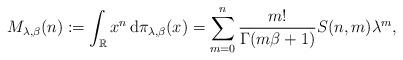
LaTeX: \begin{align*}M_{\lambda,\beta}(n):=\int_{\mathbb{R}}x^{n}\,\mathrm{d}\pi_{\lambda,\beta}(x)=\sum_{m=0}^{n}\frac{m!}{\Gamma(m\beta+1)}S(n,m)\lambda^{m},\end{align*}